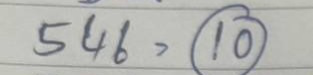
546 = (10)